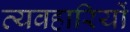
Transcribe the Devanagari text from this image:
व्यवहारियों